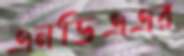
এনডিএএর